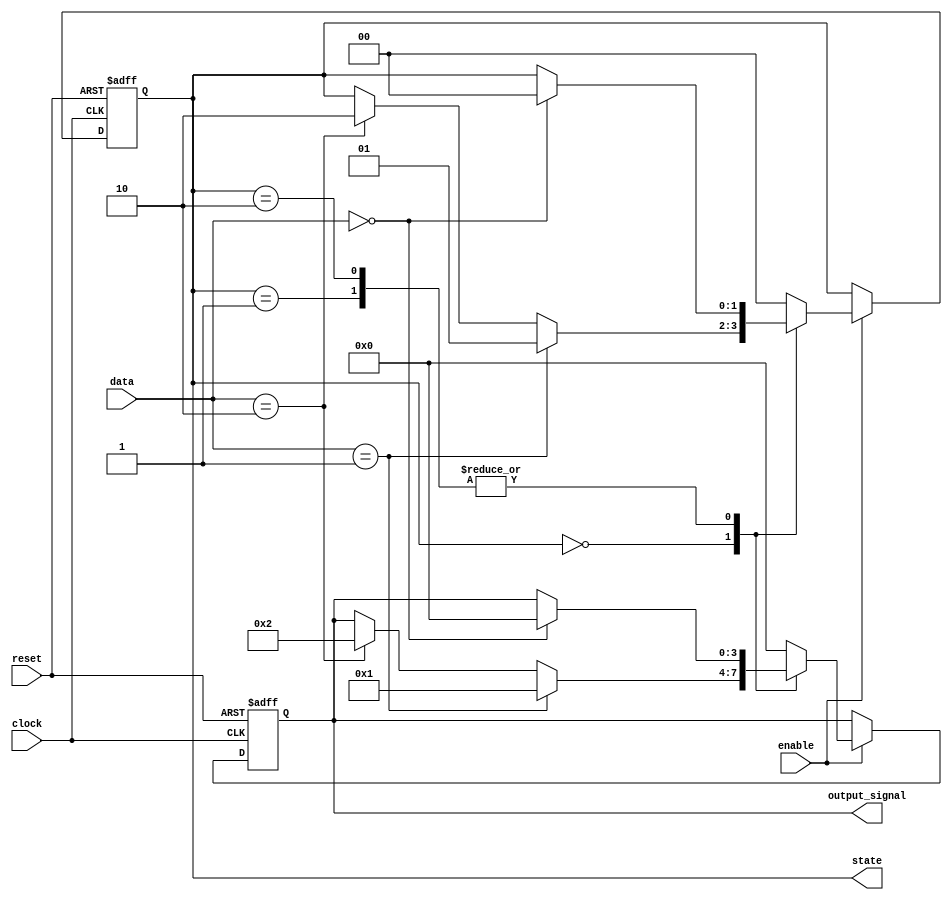
module simple_fsm (
    input wire clock,        // Clock signal
    input wire reset,        // Asynchronous reset signal
    input wire enable,       // Input signal to enable state transitions
    input wire [1:0] data,   // Input data
    output reg [1:0] state,  // Current state output
    output reg [3:0] output_signal // Output signal based on state
);

    // State encoding
    localparam STATE_IDLE = 2'b00;
    localparam STATE_ONE  = 2'b01;
    localparam STATE_TWO  = 2'b10;

    // Sequential logic: State transition and output generation
    always @(posedge clock or posedge reset) begin
        if (reset) begin
            state <= STATE_IDLE; // Reset state to IDLE
            output_signal <= 4'b0000; // Reset output
        end else if (enable) begin
            case (state)
                STATE_IDLE: begin
                    if (data == 2'b01) begin
                        state <= STATE_ONE; // Transition to STATE_ONE
                        output_signal <= 4'b0001; // Set output for STATE_ONE
                    end else if (data == 2'b10) begin
                        state <= STATE_TWO; // Transition to STATE_TWO
                        output_signal <= 4'b0010; // Set output for STATE_TWO
                    end
                end
                
                STATE_ONE: begin
                    if (data == 2'b00) begin
                        state <= STATE_IDLE; // Transition back to IDLE
                        output_signal <= 4'b0000; // Reset output
                    end
                end
                
                STATE_TWO: begin
                    if (data == 2'b00) begin
                        state <= STATE_IDLE; // Transition back to IDLE
                        output_signal <= 4'b0000; // Reset output
                    end
                end
                
                default: begin
                    state <= STATE_IDLE; // Default to IDLE state
                    output_signal <= 4'b0000; // Default output
                end
            endcase
        end
    end

endmodule